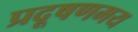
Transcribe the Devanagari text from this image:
प्रदूषणमय